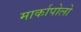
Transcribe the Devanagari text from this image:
मार्कापोलो